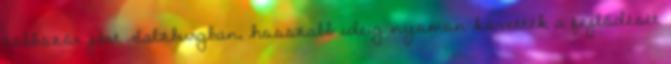
többször járt Salzburgban, hosszabb ideig nyomon követték a fejlődését